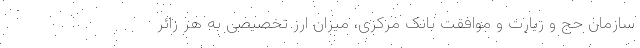
سازمان حج و زیارت و موافقت بانک مرکزی، میزان ارز تخصیصی به هر زائر